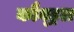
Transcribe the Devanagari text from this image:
कौन्ड्रल